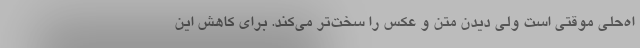
اه‌حلی موقتی است ولی دیدنِ متن و عکس را سخت‌تر می‌کند. برای کاهش این